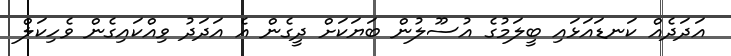
އަދަދެއް ކަނޑައަޅައި ބީލަމުގެ އުސޫލުން ބަޔަކަށް ދީގެން އެ އަދަދު ވިއްކައިގެން ވެހިކަލް